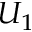
U _ { 1 }